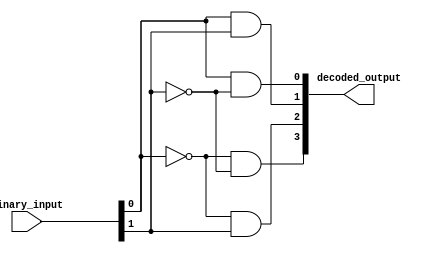
module decoder(input [1:0] binary_input, output [3:0] decoded_output);

assign decoded_output[0] = (binary_input[0] & ~binary_input[1]);
assign decoded_output[1] = (binary_input[0] & binary_input[1]);
assign decoded_output[2] = (~binary_input[0] & binary_input[1]);
assign decoded_output[3] = (~binary_input[0] & ~binary_input[1]);

endmodule